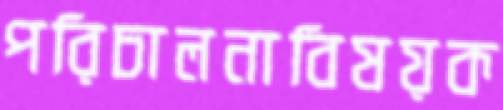
পরিচালনাবিষয়ক